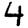
Digit: 4